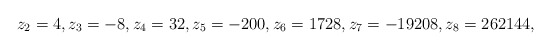
\begin{align*} z_2=4,z_3=-8,z_4=32,z_5=-200,z_6=1728,z_7=-19208,z_8=262144,\end{align*}